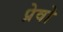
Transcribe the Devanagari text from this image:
प्रेवो